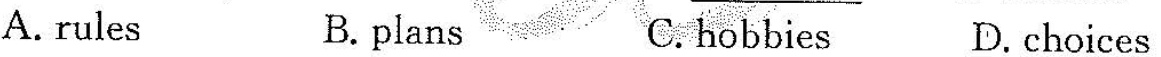
A. rules B. plans C.hobbies D. choices